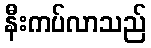
နီးကပ်လာသည်